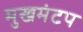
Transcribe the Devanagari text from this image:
मुखमंटप